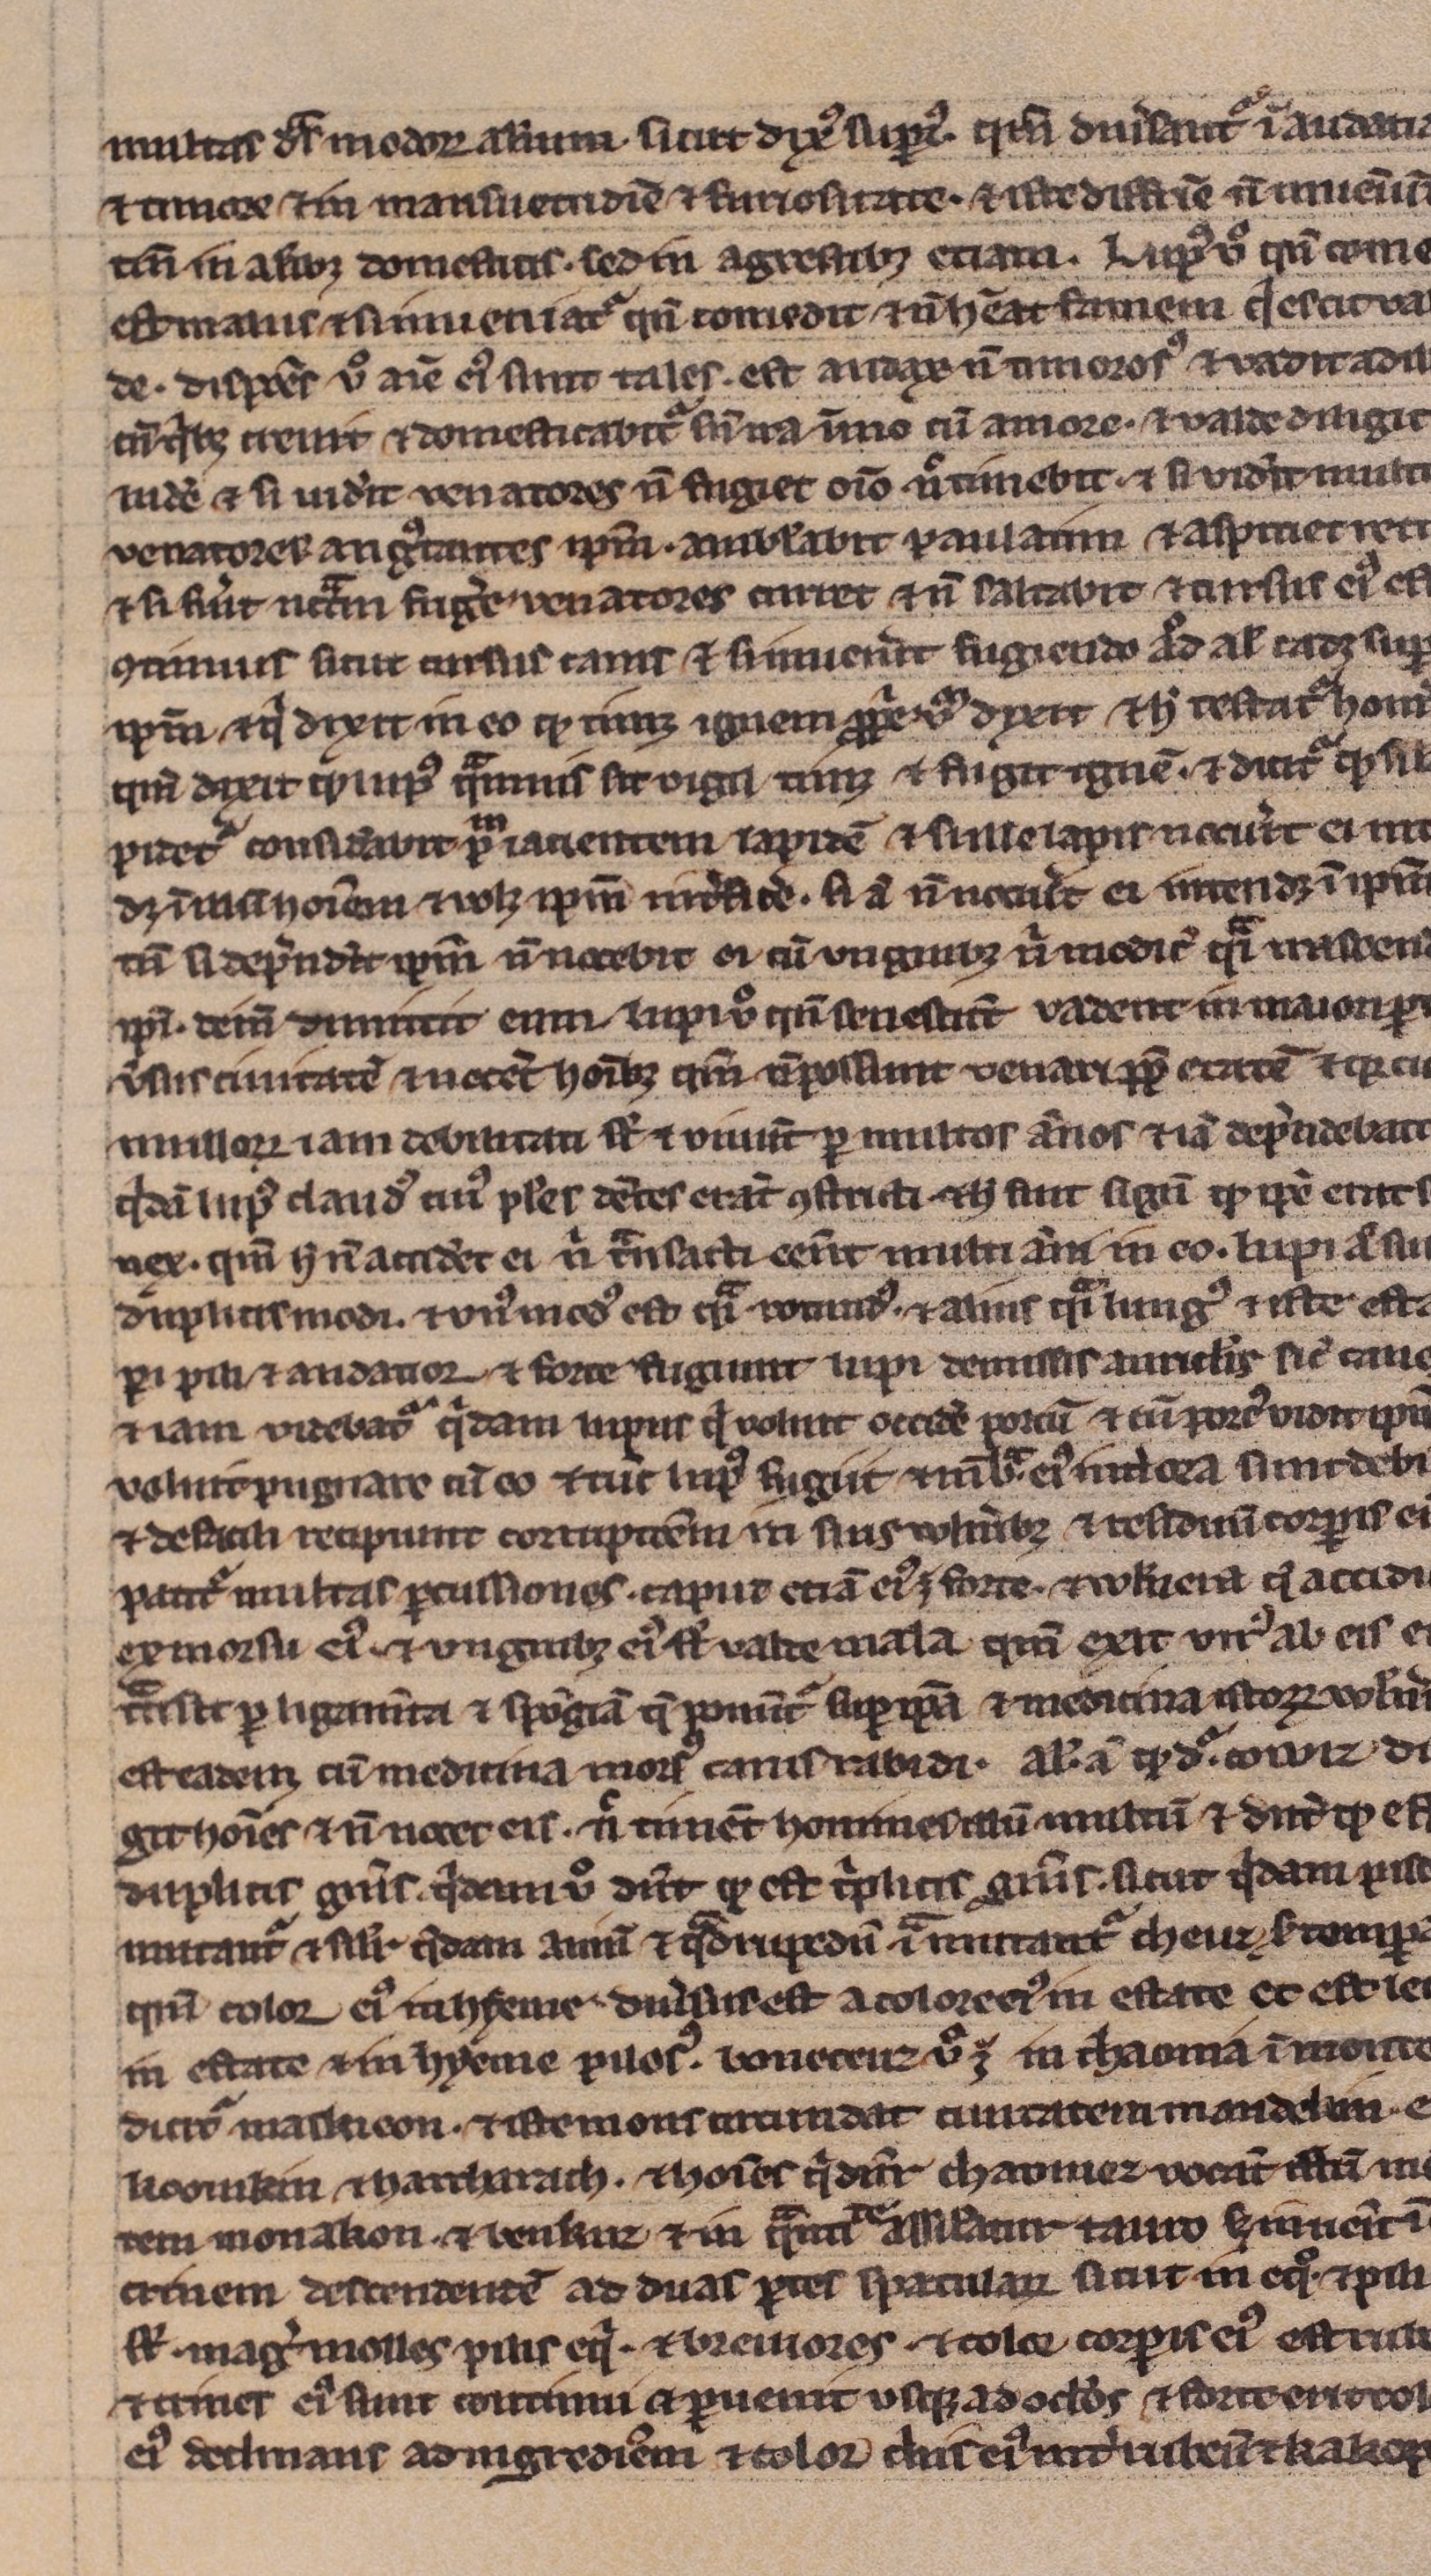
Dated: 1200–1299